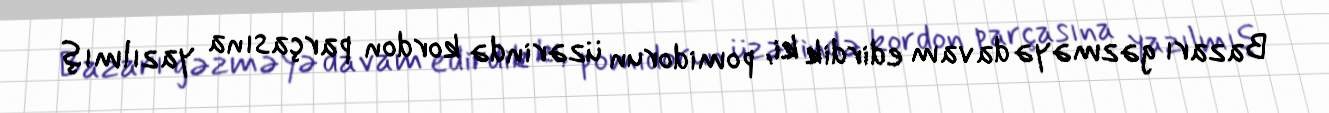
Bazarı gəzməyə davam edirdik ki, pomidorun üzərində kordon parçasına yazılmış